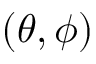
{ ( \theta , \phi ) }